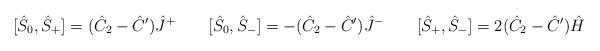
LaTeX: \begin{align*}[\hat{S}_0,\hat{S}_+]=(\hat{C}_2-\hat{C}')\hat{J}^+ \qquad[\hat{S}_0,\hat{S}_-]=-(\hat{C}_2-\hat{C}')\hat{J}^-\qquad [\hat{S}_+,\hat{S}_-]=2(\hat{C}_2-\hat{C}')\hat{H}\end{align*}